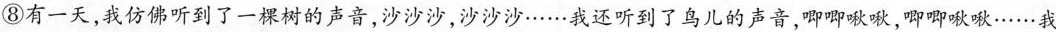
⑧有一天，我仿佛听到了一棵树的声音，沙沙沙，沙沙沙……我还听到了鸟儿的声音，唧唧啾啾，唧唧啾啾……我